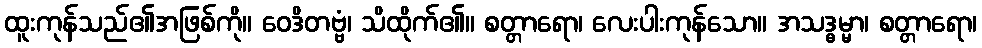
ထူးကုန်သည်၏အဖြစ်ကို။ ဝေဒိတဗ္ဗံ၊ သိထိုက်၏။ စတ္တာရော၊ လေးပါးကုန်သော။ အသဒ္ဓမ္မာ၊ စတ္တာရော၊